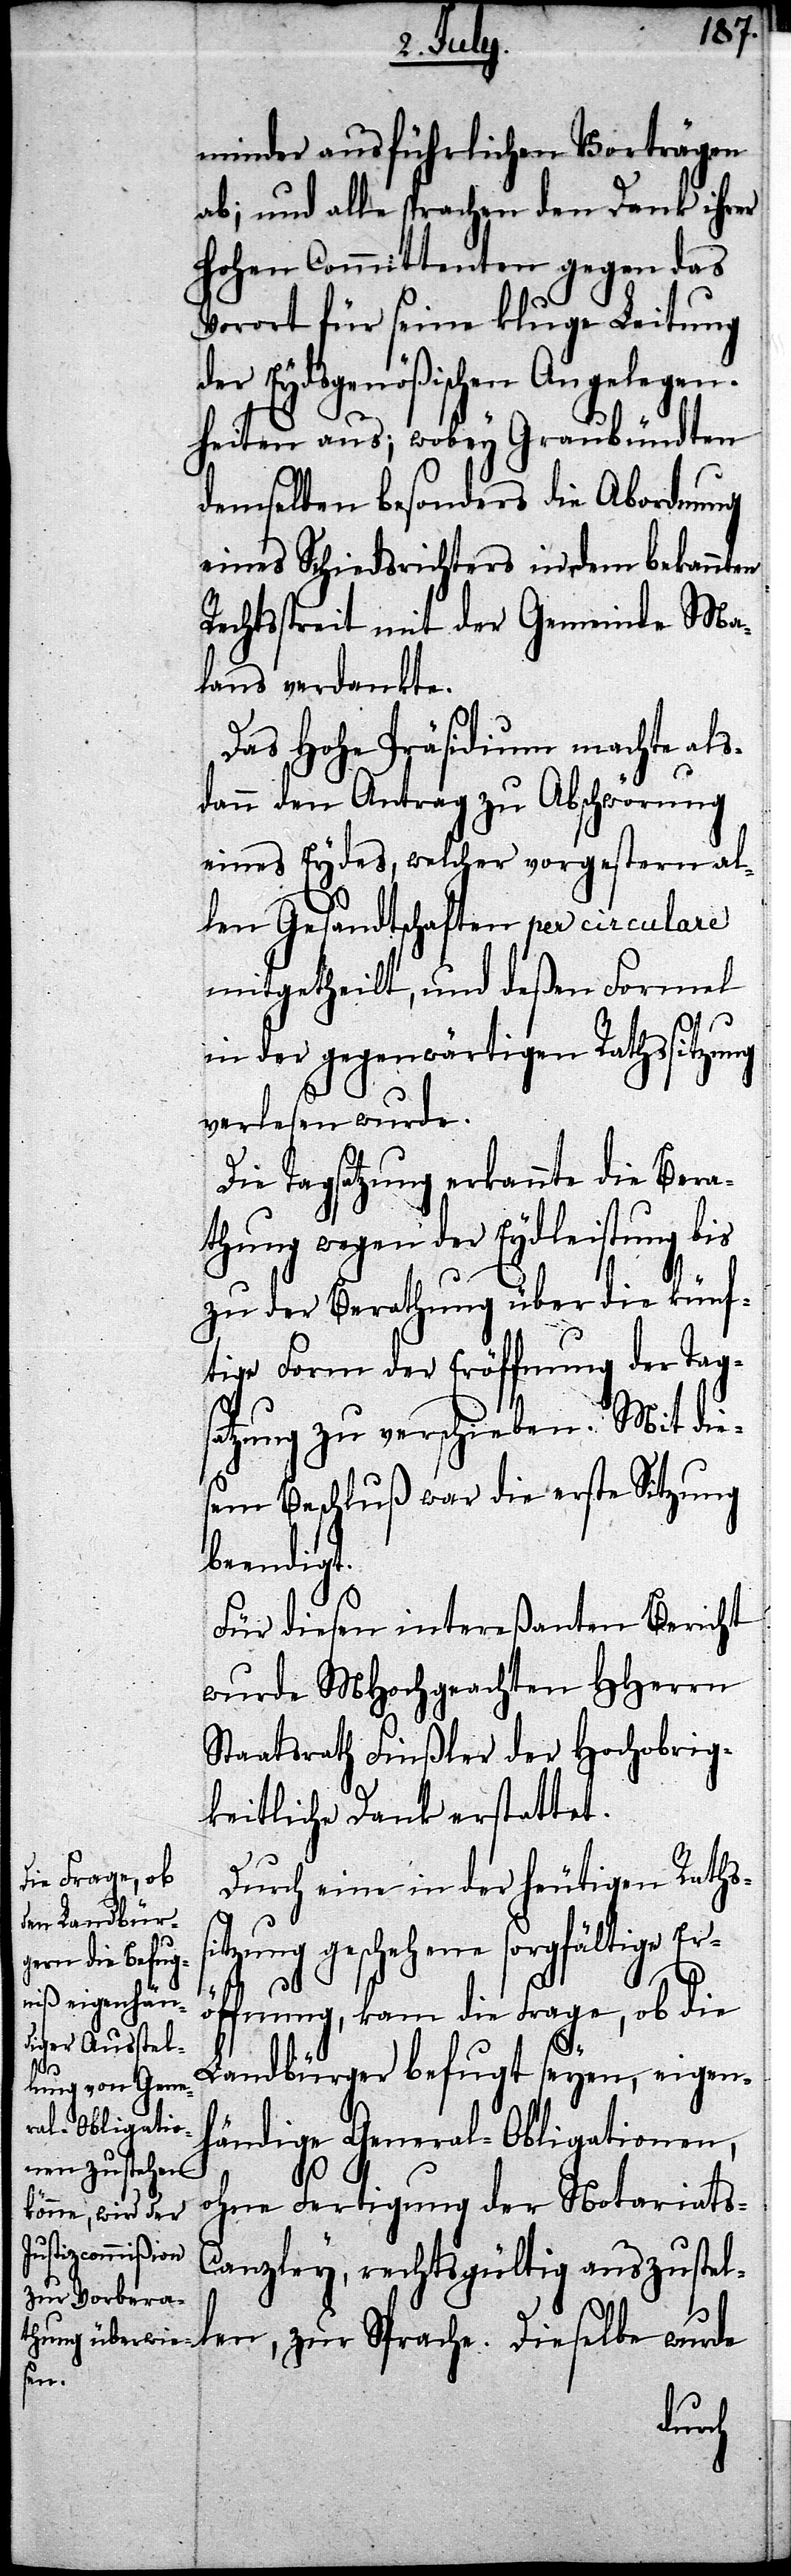
minder ausführlichen Vorträgen
ab; und alle sprachen den Dank ihrer
Hohen Committenten gegen das
Vorort für seine kluge Leitung
der Eydsgenößischen Angelegen¬
heiten aus; wobey Graubündten
demselben besonders die Abordnung
eines Schiedsrichters in dem bekannten
Rechtsstreit mit der Gemeinde Ma¬
lans verdankte.
Das Hohe Präsidium machte als¬
dann den Antrag zu Abschwörung
eines Eydes, welcher vorgestern al¬
len Gesandtschaften per circulare
mitgetheilt, und deßen Formel
wurde
in der gegenwärtigen Rathssitzung
verlesen wurde.
Die Tagsatzung erkannte die Bera¬
thung wegen der Eydleistung bis
zu der Berathung über die künf¬
tige Form der Eröffnung der Tag¬
satzung zu verschieben. Mit die¬
sem Beschluß war die erste Sitzung
beendigt.
Für diesen intereßanten Bericht
wurde MHochgeachten HHerrn
Staatsrath Finsler der Hochobrig¬
keitliche Dank erstattet.
Durch eine in der heutigen Raths¬
tzung geschehene sorgfältige Er¬
öffnung, kam die Frage, ob die
Landbürger befugt seyen, eigen¬
händige General-Obligationen,
ohne Fertigung der Notariat¬
anzley, rechtsgültig auszustel¬
len,